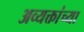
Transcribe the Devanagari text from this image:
अव्यक्तांच्या